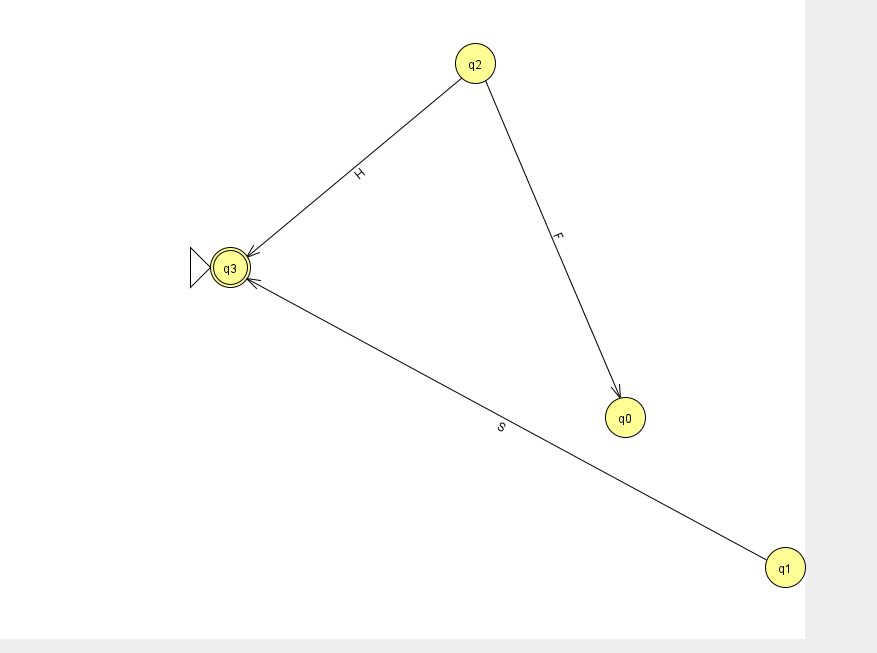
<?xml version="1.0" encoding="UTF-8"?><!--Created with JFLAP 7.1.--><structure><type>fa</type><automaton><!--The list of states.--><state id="0" name="q0"><x>625.0</x><y>404.0</y></state><state id="1" name="q1"><x>785.0</x><y>554.0</y></state><state id="2" name="q2"><x>475.0</x><y>50.0</y></state><state id="3" name="q3"><x>230.0</x><y>254.0</y><initial/><final/></state><!--The list of transitions.--><transition><from>2</from><to>0</to><read>F</read></transition><transition><from>1</from><to>3</to><read>S</read></transition><transition><from>2</from><to>3</to><read>H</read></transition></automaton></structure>